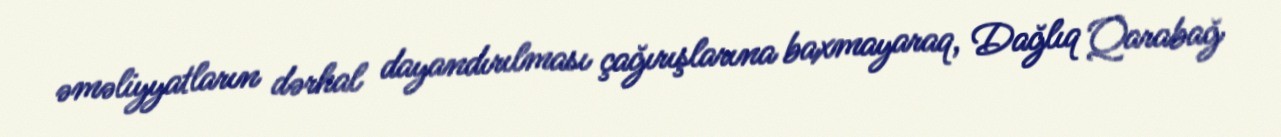
əməliyyatların dərhal dayandırılması çağırışlarına baxmayaraq, Dağlıq Qarabağ